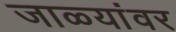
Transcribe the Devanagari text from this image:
जाळ्यांवर